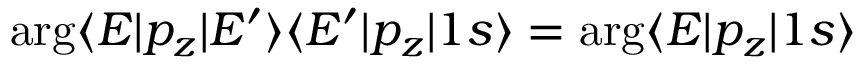
\arg \langle E | p _ { z } | E ^ { \prime } \rangle \langle E ^ { \prime } | p _ { z } | 1 s \rangle = \arg \langle E | p _ { z } | 1 s \rangle